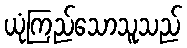
ယုံကြည်သောသူသည်